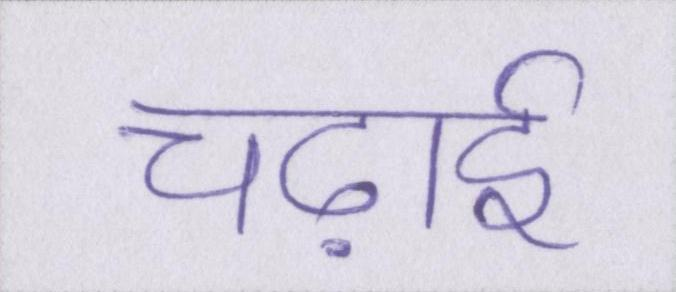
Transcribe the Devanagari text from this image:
चढ़ाई